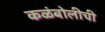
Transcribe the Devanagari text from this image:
कळंबोलीची